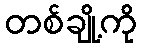
တစ်ချို့ကို